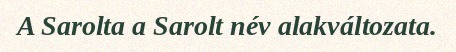
A Sarolta a Sarolt név alakváltozata.